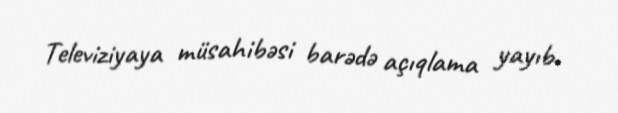
Televiziyaya müsahibəsi barədə açıqlama yayıb.